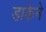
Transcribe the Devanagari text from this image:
डाकेने